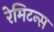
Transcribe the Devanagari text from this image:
रेमिटन्स